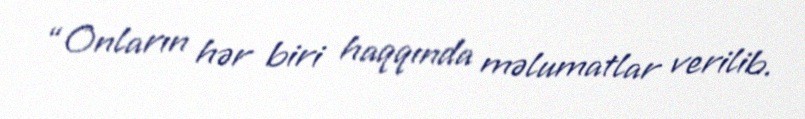
“Onların hər biri haqqında məlumatlar verilib.